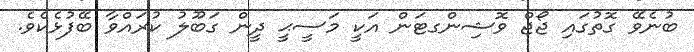
ބުނެވޭ ގޮތުގައި ޖޯޖް ވޮޝިންގޓަން އަކީ މަސީޙީ ދީން ގަބޫލު ކުރައްވާ ބޭފުޅެކެވެ.